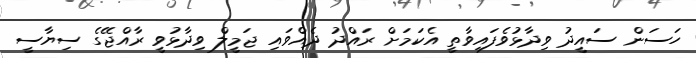
ހަސަން ސައީދު ވިދާޅުވެފައިވާތީ އެކަމަށް ރައްދު ދެއްވައި ޖަމީލް ވިދާޅުވީ ރާއްޖޭގެ ސިޔާސީ